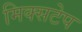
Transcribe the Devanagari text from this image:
मिक्सटेप